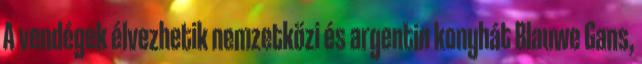
A vendégek élvezhetik nemzetközi és argentin konyhát Blauwe Gans,